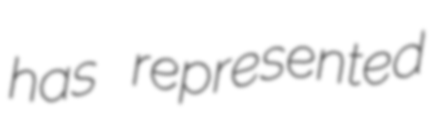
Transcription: has represented